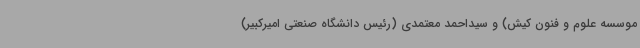
موسسه علوم و فنون کیش) و سیداحمد معتمدی (رئیس دانشگاه صنعتی امیرکبیر)